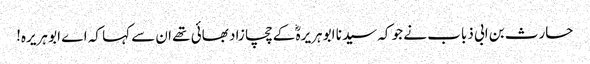
حارث بن ابی ذباب نے جو کہ سیدنا ابو ہریرہؓ کے چچا زاد بھائی تھے ان سے کہا کہ اے ابو ہریرہ!